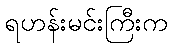
ရဟန်းမင်းကြီးက